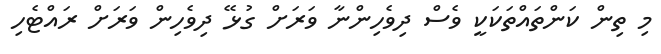
މި ތިން ކަންތައްތަކަކީ ވެސް ދިވެހިންނާ ވަރަށް ގުޅޭ ދިވެހިން ވަރަށް ރައްޓެހި